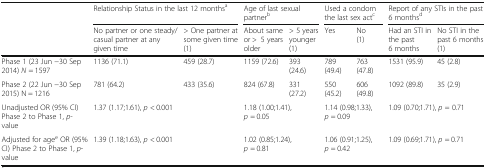
<table><thead><tr><td rowspan="2"></td><td colspan="2"><b>Relationship Status in the last 12 months<sup>a</sup></b></td><td colspan="2"><b>Age of last sexual partner<sup>b</sup></b></td><td colspan="2"><b>Used a condom the last sex act<sup>c</sup></b></td><td colspan="2"><b>Report of any STIs in the past 6 months<sup>d</sup></b></td></tr><tr><td><b>No partner or one steady/casual partner at any given time</b></td><td><b>&gt; One partner at some given time (1)</b></td><td><b>About same or &gt;5 years older</b></td><td><b>&gt; 5 years younger (1)</b></td><td><b>Yes</b></td><td><b>No (1)</b></td><td><b>Had an STI in the past 6 months</b></td><td><b>No STI in the past 6 months (1)</b></td></tr></thead><tbody><tr><td>Phase 1 (23 Jun −30 Sep 2014) <i>N</i> = 1597</td><td>1136 (71.1)</td><td>459 (28.7)</td><td>1159 (72.6)</td><td>393 (24.6)</td><td>789 (49.4)</td><td>763 (47.8)</td><td>1531 (95.9)</td><td>45 (2.8)</td></tr><tr><td>Phase 2 (22 Jun −30 Sep 2015) N = 1216</td><td>781 (64.2)</td><td>433 (35.6)</td><td>824 (67.8)</td><td>331 (27.2)</td><td>550 (45.2)</td><td>606 (49.8)</td><td>1092 (89.8)</td><td>35 (2.9)</td></tr><tr><td>Unadjusted OR (95% CI) Phase 2 to Phase 1, <i>p</i>-value</td><td colspan="2">1.37 (1.17;1.61), <i>p</i> &lt; 0.001</td><td colspan="2">1.18 (1.00;1.41), <i>p</i> = 0.05</td><td colspan="2">1.14 (0.98;1.33), <i>p</i> = 0.09</td><td colspan="2">1.09 (0.70;1.71), <i>p</i> = 0.71</td></tr><tr><td>Adjusted for age<sup>e</sup> OR (95% CI) Phase 2 to Phase 1, <i>p</i>-value</td><td colspan="2">1.39 (1.18;1.63), <i>p</i> &lt; 0.001</td><td colspan="2">1.02 (0.85;1.24), <i>p</i> = 0.81</td><td colspan="2">1.06 (0.91;1.25), <i>p</i> = 0.42</td><td colspan="2">1.09 (0.69;1.71), <i>p</i> = 0.71</td></tr></tbody></table>